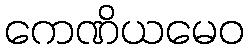
ကေဏိယမေဝ